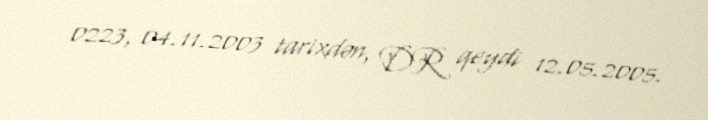
0223, 04.11.2003 tarixdən, DR qeydi 12.05.2005.